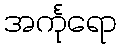
အင်္ကုရော